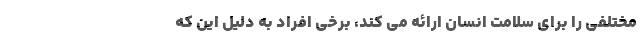
مختلفی را برای سلامت انسان ارائه می کند، برخی افراد به دلیل این که